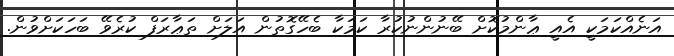
އަނެއްކަމަކީ އެއީ ޢާންމުކޮށް ބޭނުންނުކުރާ ކަމަކާ ބެހޭގޮތުން އަލަށް ތަޢާރަފް ކުރެވޭ ބަހަކަށްވުން.